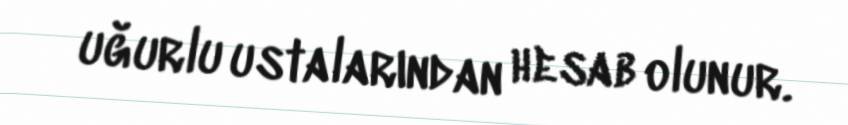
uğurlu ustalarından hesab olunur.